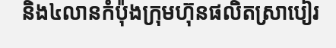
និង៤លានកំប៉ុងក្រុមហ៊ុនផលិតស្រាបៀរ